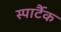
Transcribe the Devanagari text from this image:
स्पार्टैक